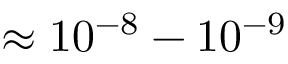
\approx 1 0 ^ { - 8 } - 1 0 ^ { - 9 }